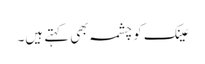
عینک کو چشمہ بھی کہتے ہیں۔